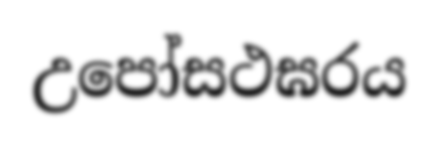
උපෝසථඝරය